Plague in India, 1896, 1897 - Volume 4
Year: 1896
Disease focus: Plague
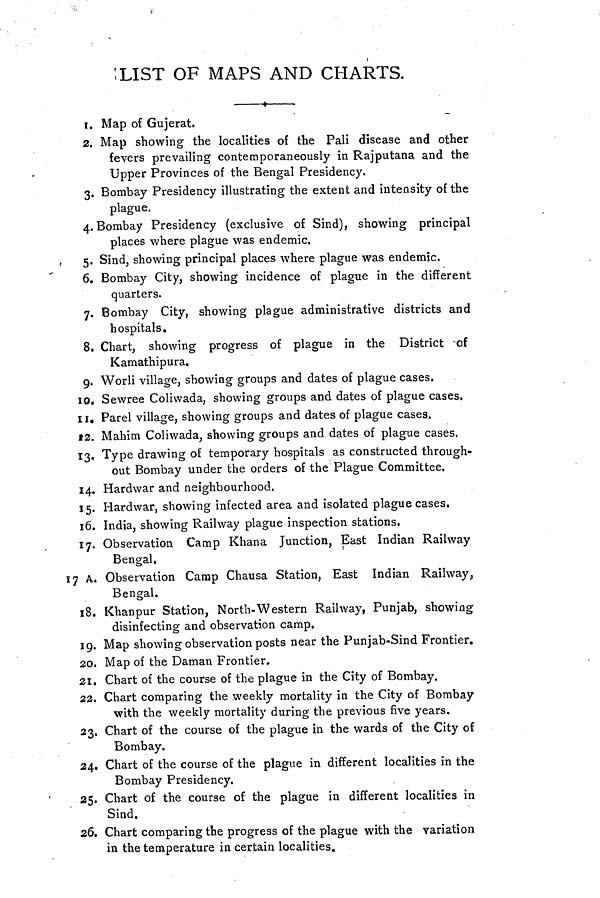
LIST OF MAPS AND CHARTS.
t
1. Map of Gujerat.
2. Map showing the localities of the Pali disease and other
fevers prevailing contemporaneously in Rajputana and the
Upper Provinces of the Bengal Presidency.
3. Bombay Presidency illustrating the extent and intensity of the
plague.
4. Bombay Presidency (exclusive of Sind), showing principal
places where plague was endemic.
5. Sind, showing principal places where plague was endemic.
6. Bombay City, showing incidence of plague in the different
quarters.
7. Bombay City, showing plague administrative districts and
hospitals.
8. Chart, showing progress of plague in the District of
Kamathipura.
9. Worli village, showing groups and dates of plague cases.
10. Sewree Coliwada, showing groups and dates of plague cases.
11. Parel village, showing groups and dates of plague cases.
S2. Mahim Coliwada, showing groups and dates of plague cases.
13. Type drawing of temporary hospitals as constructed through-
out Bombay under the orders of the Plague Committee.
14. Hardwar and neighbourhood.
15. Hardwar, showing infected area and isolated plague cases.
16. India, showing Railway plague inspection stations.
17. Observation Camp Khana Junction, East Indian Railway
Bengal,
17 A. Observation Camp Chausa Station, East Indian Railway,
Bengal.
18. Khanpur Station, North-Western Railway, Punjab, showing
disinfecting and observation camp.
19. Map showing observation posts near the Punjab-Sind Frontier.
20. Map of the Daman Frontier,
21. Chart of the course of the plague in the City of Bombay.
22. Chart comparing the weekly mortality in the City of Bombay
with the weekly mortality during the previous five years.
23. Chart of the course of the plague in the wards of the City of
Bombay.
24. Chart of the course of the plague in different localities in the
Bombay Presidency.
25. Chart of the course of the plague in different localities in
Sind.
26. Chart comparing the progress of the plague with the variation
in the temperature in certain localities.